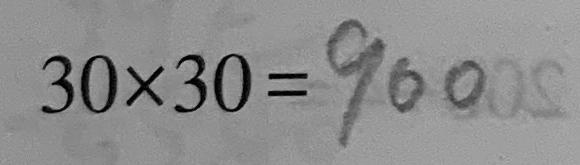
3 0 \times 3 0 = 9 0 0